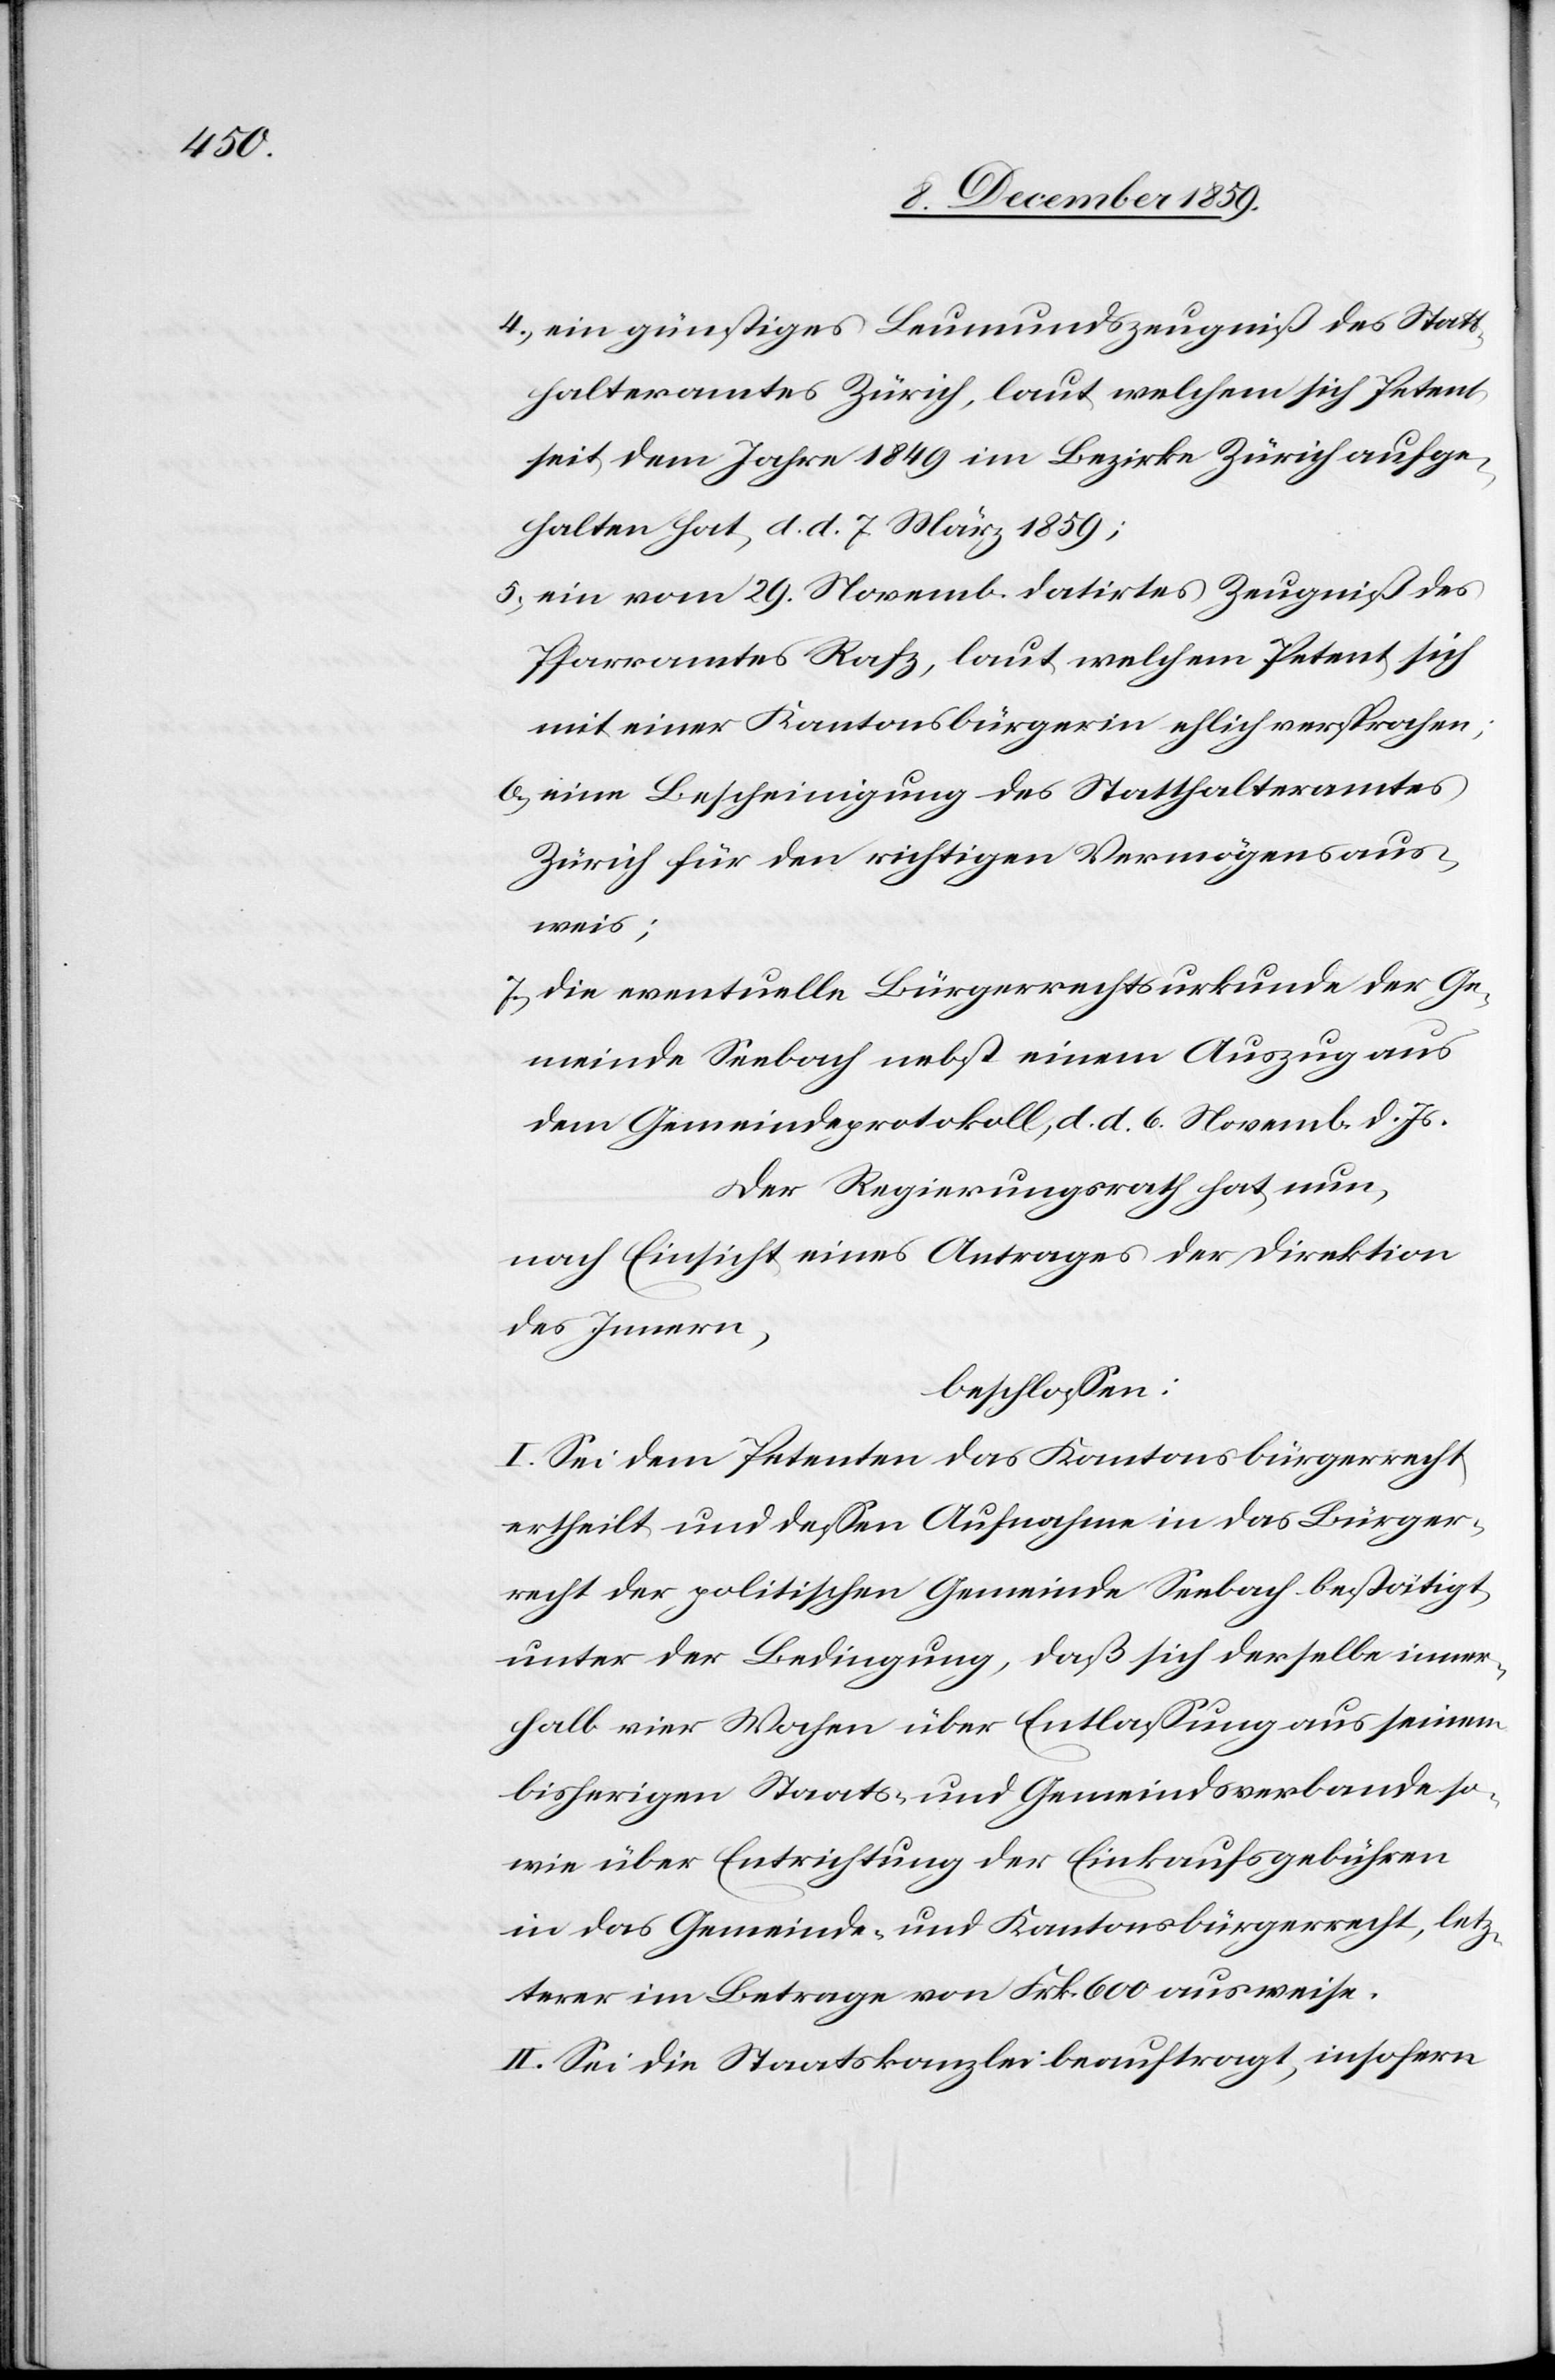
4) ein günstiges Leumundszeugniß des Statt¬
halteramtes Zürich, laut welchem sich Petent
seit dem Jahre 1849 im Bezirk Zürich aufge¬
halten hat, d. d. 7. März 1859;
5) ein vom 29. Novemb. datirtes Zeugniß des
Pfarramtes Rafz, laut welchem Petent sich
mit einer Kantonsbürgerin ehlich versprochen;
6) eine Bescheinigung des Statthalteramtes
Zürich für den richtigen Vermögensaus¬
weis;
7) die eventuelle Bürgerrechtsurkunde der Ge¬
meinde Seebach nebst einem Auszug aus
dem Gemeindeprotokoll, d. d. 6. Novemb. d. Js.
Der Regierungsrath hat nun,
nach Einsicht eines Antrages der Direktion
des Innern,
beschlossen:
I. Sei dem Petenten das Kantonsbürgerrecht
ertheilt und dessen Aufnahme in das Bürger¬
recht der politischen Gemeinde Seebach bestätigt,
unter der Bedingung, daß sich derselbe inner¬
halb einer Woche über Entlassung aus seinem
bisherigen Staats- und Gemeindsverbande so¬
wie über Entrichtung der Einkaufsgebühren
in das Gemeinde- und Kantonsbürgerrecht, letz¬
terer im Betrage vom Frk. 600 ausweise.
II. Sei die Staatskanzlei beauftragt, insofern